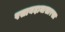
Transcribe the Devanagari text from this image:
पसायदानासारखा